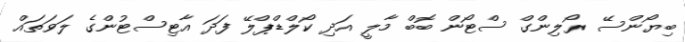
ބިޔޯންސޭ ރޯލިންގް ސްޓޯން ބޮބް މާލީ އަދި ކޯލްޑްޕްލޭ ފަދަ އާޓިސްޓުންގެ ލަވަތައް